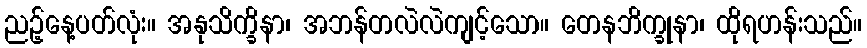
ညဉ့်နေ့ပတ်လုံး။ အနုသိက္ခိနာ၊ အဘန်တလဲလဲကျင့်သော။ တေနဘိက္ခုနာ၊ ထိုရဟန်းသည်။